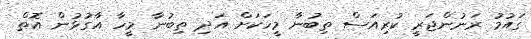
ގައުމު ރަނުންޖަރީ ކުރިއަސް ތިބުނާ މީހަކަށް އަދި ތިބުނާ މީހާ އާގުޅުން އޮތް